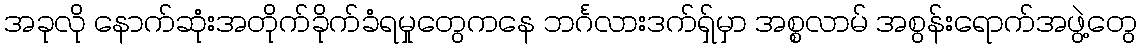
အခုလို နောက်ဆုံးအတိုက်ခိုက်ခံရမှုတွေကနေ ဘင်္ဂလားဒက်ရှ်မှာ အစ္စလာမ် အစွန်းရောက်အဖွဲ့တွေ